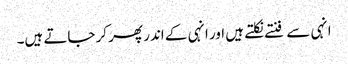
انہی سے فنتے نکلتے ہیں اور انہی کے اندر پھر کر جاتے ہیں۔